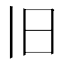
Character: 旧